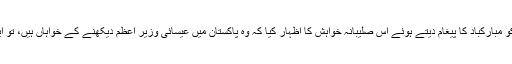
یاد رہے کہ انہوں نے دو برس قبل کرسمس کے موقع پر مسیحی برادری کو مبارکباد کا پیغام دیتے ہوئے اس صلیبانہ خواہش کا اظہار کیا کہ وہ پاکستان میں عیسائی وزیر اعظم دیکھنے کے خواہاں ہیں، تو ایسا گمان ہوا کہ گویا ان میں پوپائے روم کی زندہ روح حلوت کر چکی ہے۔